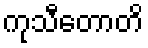
ကုသီတောတိ